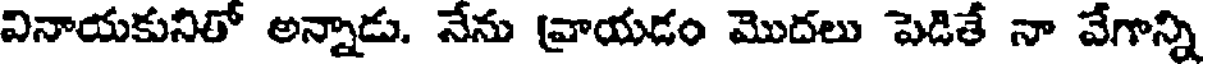
వినాయకునితో అన్నాడు. నేను వ్రాయడం మొదలు పెడితే నా వేగాన్ని